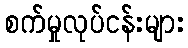
စက်မှုလုပ်ငန်းများ